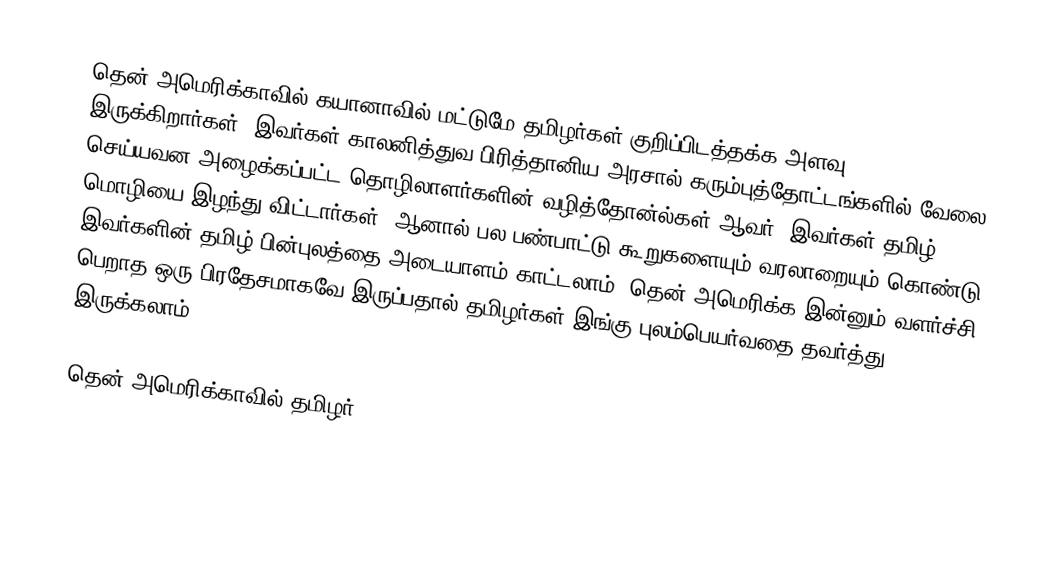
தென் அமெரிக்காவில் கயானாவில் மட்டுமே தமிழர்கள் குறிப்பிடத்தக்க அளவு இருக்கிறார்கள்.  இவர்கள் காலனித்துவ பிரித்தானிய அரசால் கரும்புத்தோட்டங்களில் வேலை செய்யவன அழைக்கப்பட்ட தொழிலாளர்களின் வழித்தோன்ல்கள் ஆவர்.  இவர்கள் தமிழ் மொழியை இழந்து விட்டார்கள், ஆனால் பல பண்பாட்டு கூறுகளையும் வரலாறையும் கொண்டு இவர்களின் தமிழ் பின்புலத்தை அடையாளம் காட்டலாம்.  தென் அமெரிக்க இன்னும் வளர்ச்சி பெறாத ஒரு பிரதேசமாகவே இருப்பதால் தமிழர்கள் இங்கு புலம்பெயர்வதை தவர்த்து இருக்கலாம்.

தென் அமெரிக்காவில் தமிழர்